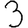
Digit: 3